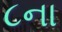
૮ના